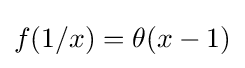
f(1/x)=\theta (x-1)